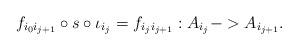
LaTeX: \begin{align*}f_{i_0i_{j+1}} \circ s \circ \iota_{i_j} = f_{i_ji_{j+1}} : A_{i_j} -> A_{i_{j+1}}.\end{align*}